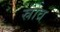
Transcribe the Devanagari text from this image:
स्रोव